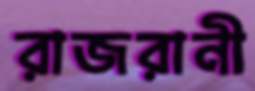
রাজরানী